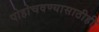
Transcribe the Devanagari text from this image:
पोहोचवण्यासाठीही